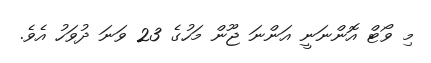
މި ވޯޓް އޮންނަނީ އަންނަ ޖޫން މަހުގެ 23 ވަނަ ދުވަހު އެވެ.